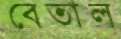
বেতাল